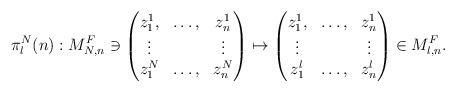
LaTeX: \begin{align*}\pi_l^N(n):M_{N,n}^F \ni\begin{pmatrix}z^1_1, &\ldots, &z^1_n\\\vdots & &\vdots\\z^N_1 &\ldots, &z^N_n\end{pmatrix}\mapsto\begin{pmatrix}z^1_1, &\ldots, &z^1_n\\\vdots & &\vdots\\z^l_1 &\ldots, &z^l_n\end{pmatrix}\in M_{l,n}^F.\end{align*}